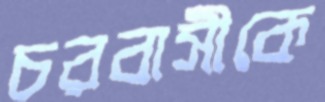
চরবাসীকে